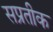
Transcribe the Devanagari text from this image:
सप्रतीक